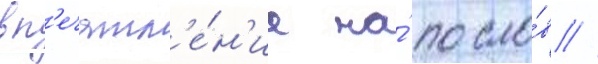
вп'ечатл'е́н'ие на́ посло́в /